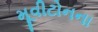
મૂવીટોનના